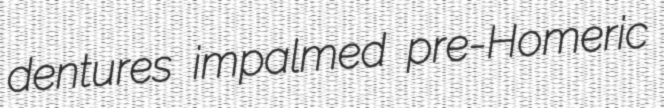
dentures impalmed pre-Homeric